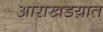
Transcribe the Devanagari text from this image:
आराखडय़ात